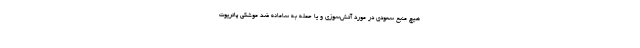
هیچ منبع سعودی در مورد آتش‌سوزی و یا حمله به سامانه ضد موشکی پاتریوت